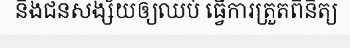
និងជនសង្ស័យឲ្យឈប់ ធ្វើការត្រួតពិនិត្យ